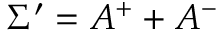
\Sigma ^ { \prime } = A ^ { + } + A ^ { - }